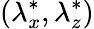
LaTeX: ({\lambda}_{x}^{*},{\lambda}_{z}^{*})